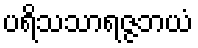
ပရိသသာရဇ္ဇဘယံ